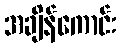
အချိန်ကောင်း